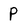
Character: P